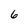
Character: 6